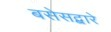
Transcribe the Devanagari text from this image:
बसेसद्बारे